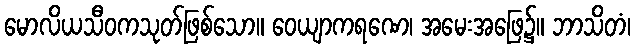
မောလိယသီဝကသုတ်ဖြစ်သော။ ဝေယျာကရဏေ၊ အမေးအဖြေ၌။ ဘာသိတံ၊